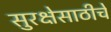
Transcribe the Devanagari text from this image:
सुरक्षेसाठीचे